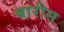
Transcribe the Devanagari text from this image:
बारीस